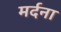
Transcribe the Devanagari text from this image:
मर्दना